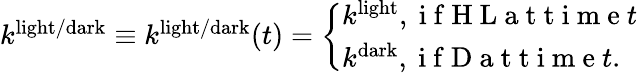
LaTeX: \begin{array}{r}{k^{\mathrm{light/dark}}\equiv k^{\mathrm{light/dark}}(t)=\left\{ \begin{array}{ll}{k^{\mathrm{light}},\mathrm{~i~f~H~L~a~t~t~i~m~e~}t}\\ {k^{\mathrm{dark}},\mathrm{~i~f~D~a~t~t~i~m~e~}t.}\end{array}\right.}\end{array}